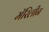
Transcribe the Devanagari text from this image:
मॅरिलीन